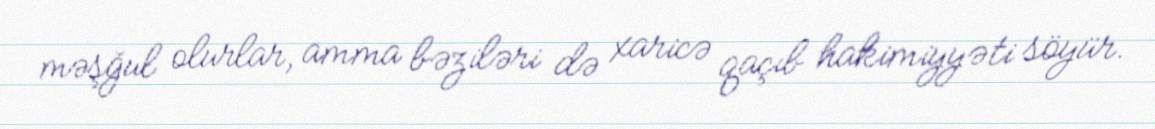
məşğul olurlar, amma bəziləri də xaricə qaçıb hakimiyyəti söyür.